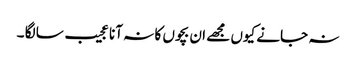
نہ جانے کیوں مجھے ان بچوں کا نہ آنا عجیب سا لگا ۔